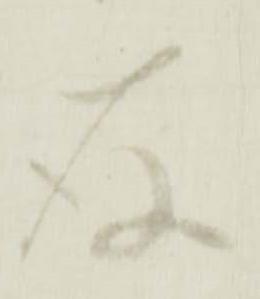
存